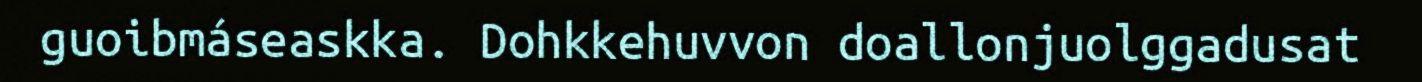
guoibmáseaskka. Dohkkehuvvon doallonjuolggadusat